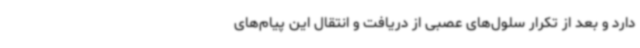
دارد و بعد از تکرار سلول‌های عصبی از دریافت و انتقال این پیام‌های